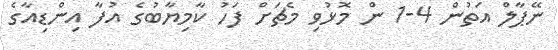
ނޭޕާލް އަތުން 4-1 ން މޮޅުވި މެޗަށް ފަހު ކާމިޔާބުގެ އުފާ އިންޑިއާގެ